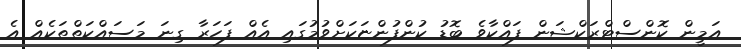
އަމީން ކޮންސްޓްރަކްޝަން ފައްކާވެ ބޮޑު ކުންފުންޏަކަށްވުމުގައި އެއް ފަހަރާ ގިނަ މަސައްކަތްތަކެއް އެ